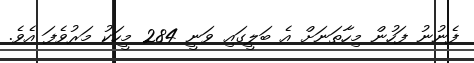
ފެނުނު ފަހުން މިހާތަނަށް އެ ބަލީގައި ވަނީ 284 މީހަކު މަރުވެފަ އެވެ.